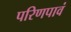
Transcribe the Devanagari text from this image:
परिणपावं